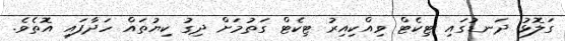
ގަލޮޅު ދަނޑުގައި ޓިކެޓް ވިއްކިއިރު ޓިކެޓް ގަތުމަށް ދިގު ކިޔުތައް ހަދާފައި އޮތެވެ.